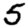
Digit: 5